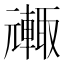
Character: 𮝦